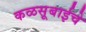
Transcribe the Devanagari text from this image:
कळसूबाईचे